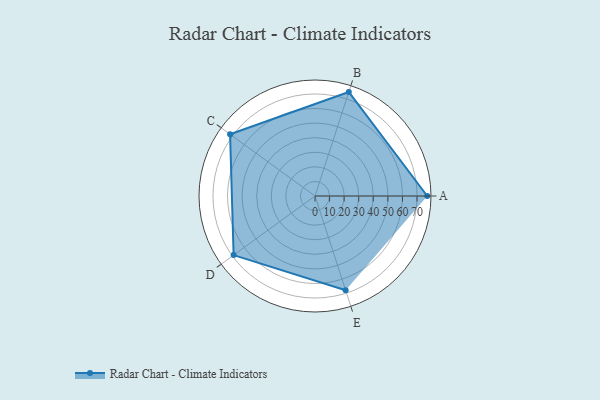
{"axis": {"x": "Skill", "y": "Score"}, "legend": ["Profile"], "data": [{"x": "A", "y": 77.0, "type": "Profile"}, {"x": "B", "y": 75.0, "type": "Profile"}, {"x": "C", "y": 72.0, "type": "Profile"}, {"x": "D", "y": 69.0, "type": "Profile"}, {"x": "E", "y": 68.0, "type": "Profile"}]}